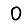
Digit: 0